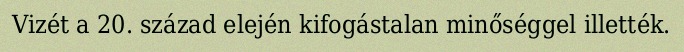
Vizét a 20. század elején kifogástalan minőséggel illették.